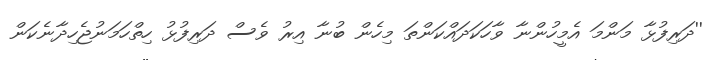
''ދަރިފުޅާ މަންމަ އެމީހުންނާ ވާހަކަދައްކަންތަ މިހެން ބުނާ އިރު ވެސް ދަރިފުޅު ހިތްހަމަނުޖެހިދާނެކަން